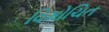
વિમોચિત